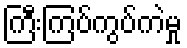
ကြီးကြပ်ကွပ်ကဲမှု